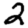
Digit: 2